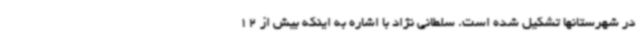
در شهرستانها تشکیل شده است. سلطانی نژاد با اشاره به اینکه بیش از 12